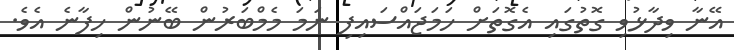
އޭނާ ވިދާޅުވި ގޮތުގައި އެގޮތަށް ހަމަޖައްސައިފި ނަމަ މެމްބަރުން ބޭނުން ހިފާނެ އެވެ.